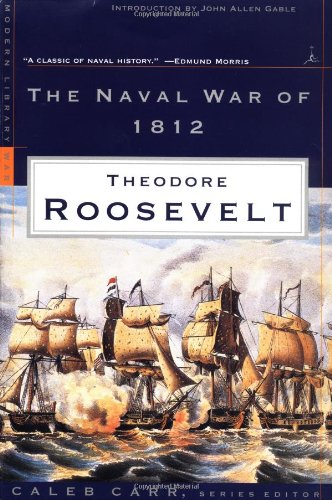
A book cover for The Naval War of 1812 (Modern Library War); Theodore Roosevelt; History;